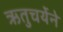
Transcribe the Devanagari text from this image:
ऋतुचर्येने